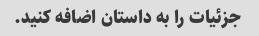
جزئیات را به داستان اضافه کنید.